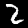
Digit: 2